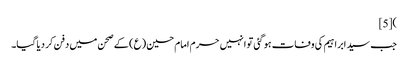
)[5]
جب سید ابراہیم کی وفات ہو گئی تو انہیں حرم امام حسین (ع) کے صحن میں دفن کر دیا گیا۔